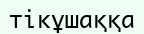
тікұшаққа